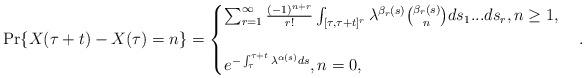
LaTeX: \begin{align*} \Pr\{ X(\tau +t)-X(\tau)=n \}= \begin{cases} \sum _{r=1}^{\infty} \frac{(-1)^{n+r}}{r!} \int _{[\tau,\tau +t]^r}\lambda ^{\beta_r(s)} \binom{\beta_r(s)}{n}ds_1...ds_r, n \geq 1,\\\\ e ^{-\int _{\tau} ^{\tau +t} \lambda ^{\alpha (s)}ds}, n=0,\end{cases}.\end{align*}